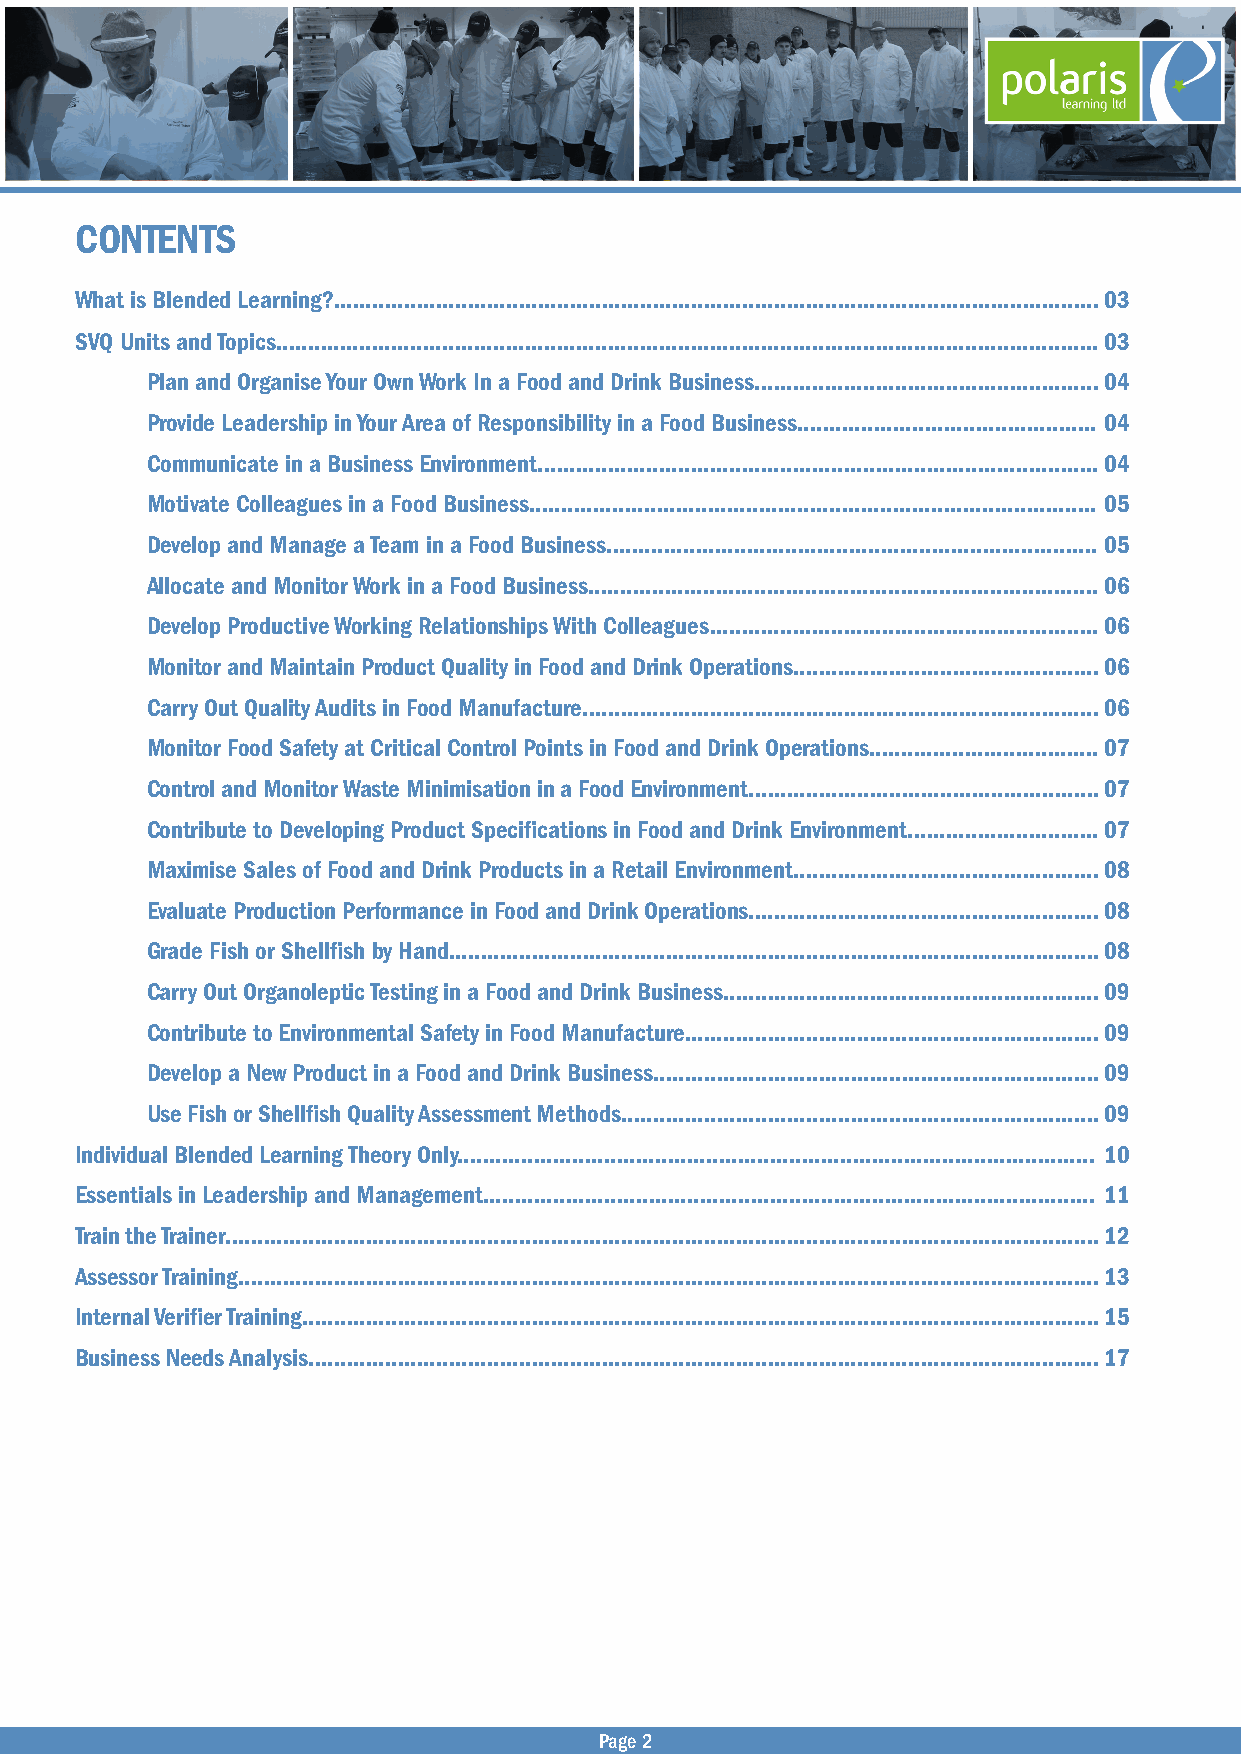
CONTENTS
 What is Blended Learning?........................................................................................................................03
 SVQ Units and Topics.................................................................................................................................03
 Plan and Organise Your Own Work In a Food and Drink Business......................................................04
 Provide Leadership in Your Area of Responsibility in a Food Business............................................... 04
 Communicate in a Business Environment........................................................................................04
 Motivate Colleagues in a Food Business......................................................................................... 05
 Develop and Manage a Team in a Food Business............................................................................. 05
 Allocate and Monitor Work in a Food Business................................................................................06
 Develop Productive Working Relationships With Colleagues.............................................................06
 Monitor and Maintain Product Quality in Food and Drink Operations................................................06
 Carry Out Quality Audits in Food Manufacture.................................................................................06
 Monitor Food Safety at Critical Control Points in Food and Drink Operations....................................07
 Control and Monitor Waste Minimisation in a Food Environment.......................................................07
 Contribute to Developing Product Specifications in Food and Drink Environment..............................07
 Maximise Sales of Food and Drink Products in a Retail Environment................................................08
 Evaluate Production Performance in Food and Drink Operations.......................................................08
 Grade Fish or Shellfish by Hand......................................................................................................08
 Carry Out Organoleptic Testing in a Food and Drink Business...........................................................09
 Contribute to Environmental Safety in Food Manufacture.................................................................09
 Develop a New Product in a Food and Drink Business......................................................................09
 Use Fish or Shellfish Quality Assessment Methods...........................................................................09
 Individual Blended Learning Theory Only.................................................................................................... 10
 Essentials in Leadership and Management................................................................................................ 11
 Train the Trainer.........................................................................................................................................12
 Assessor Training.......................................................................................................................................13
 Internal Verifier Training.............................................................................................................................15
 Business Needs Analysis............................................................................................................................17
 Page 2